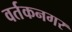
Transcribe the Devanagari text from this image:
वर्तकनगर